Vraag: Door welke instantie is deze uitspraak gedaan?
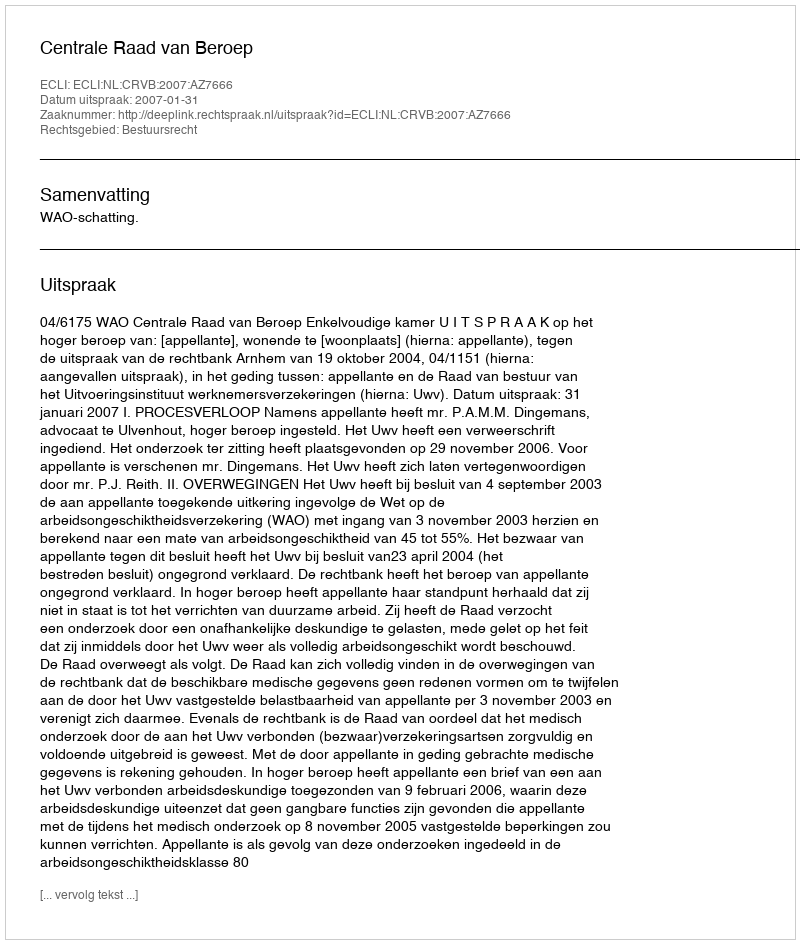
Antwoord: Centrale Raad van Beroep